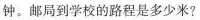
钟。邮局到学校的路程是多少米？